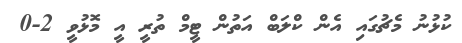
ކުޅުނު މެޗުގައި އެން ކްލަބް އަތުން ޓީމް ތުރީ އީ މޮޅުވީ 2-0